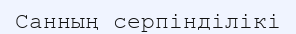
Санның серпінділікі